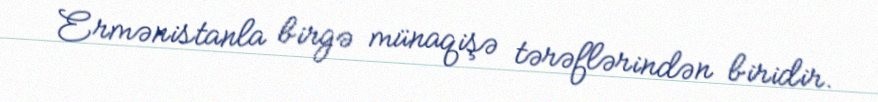
Ermənistanla birgə münaqişə tərəflərindən biridir.